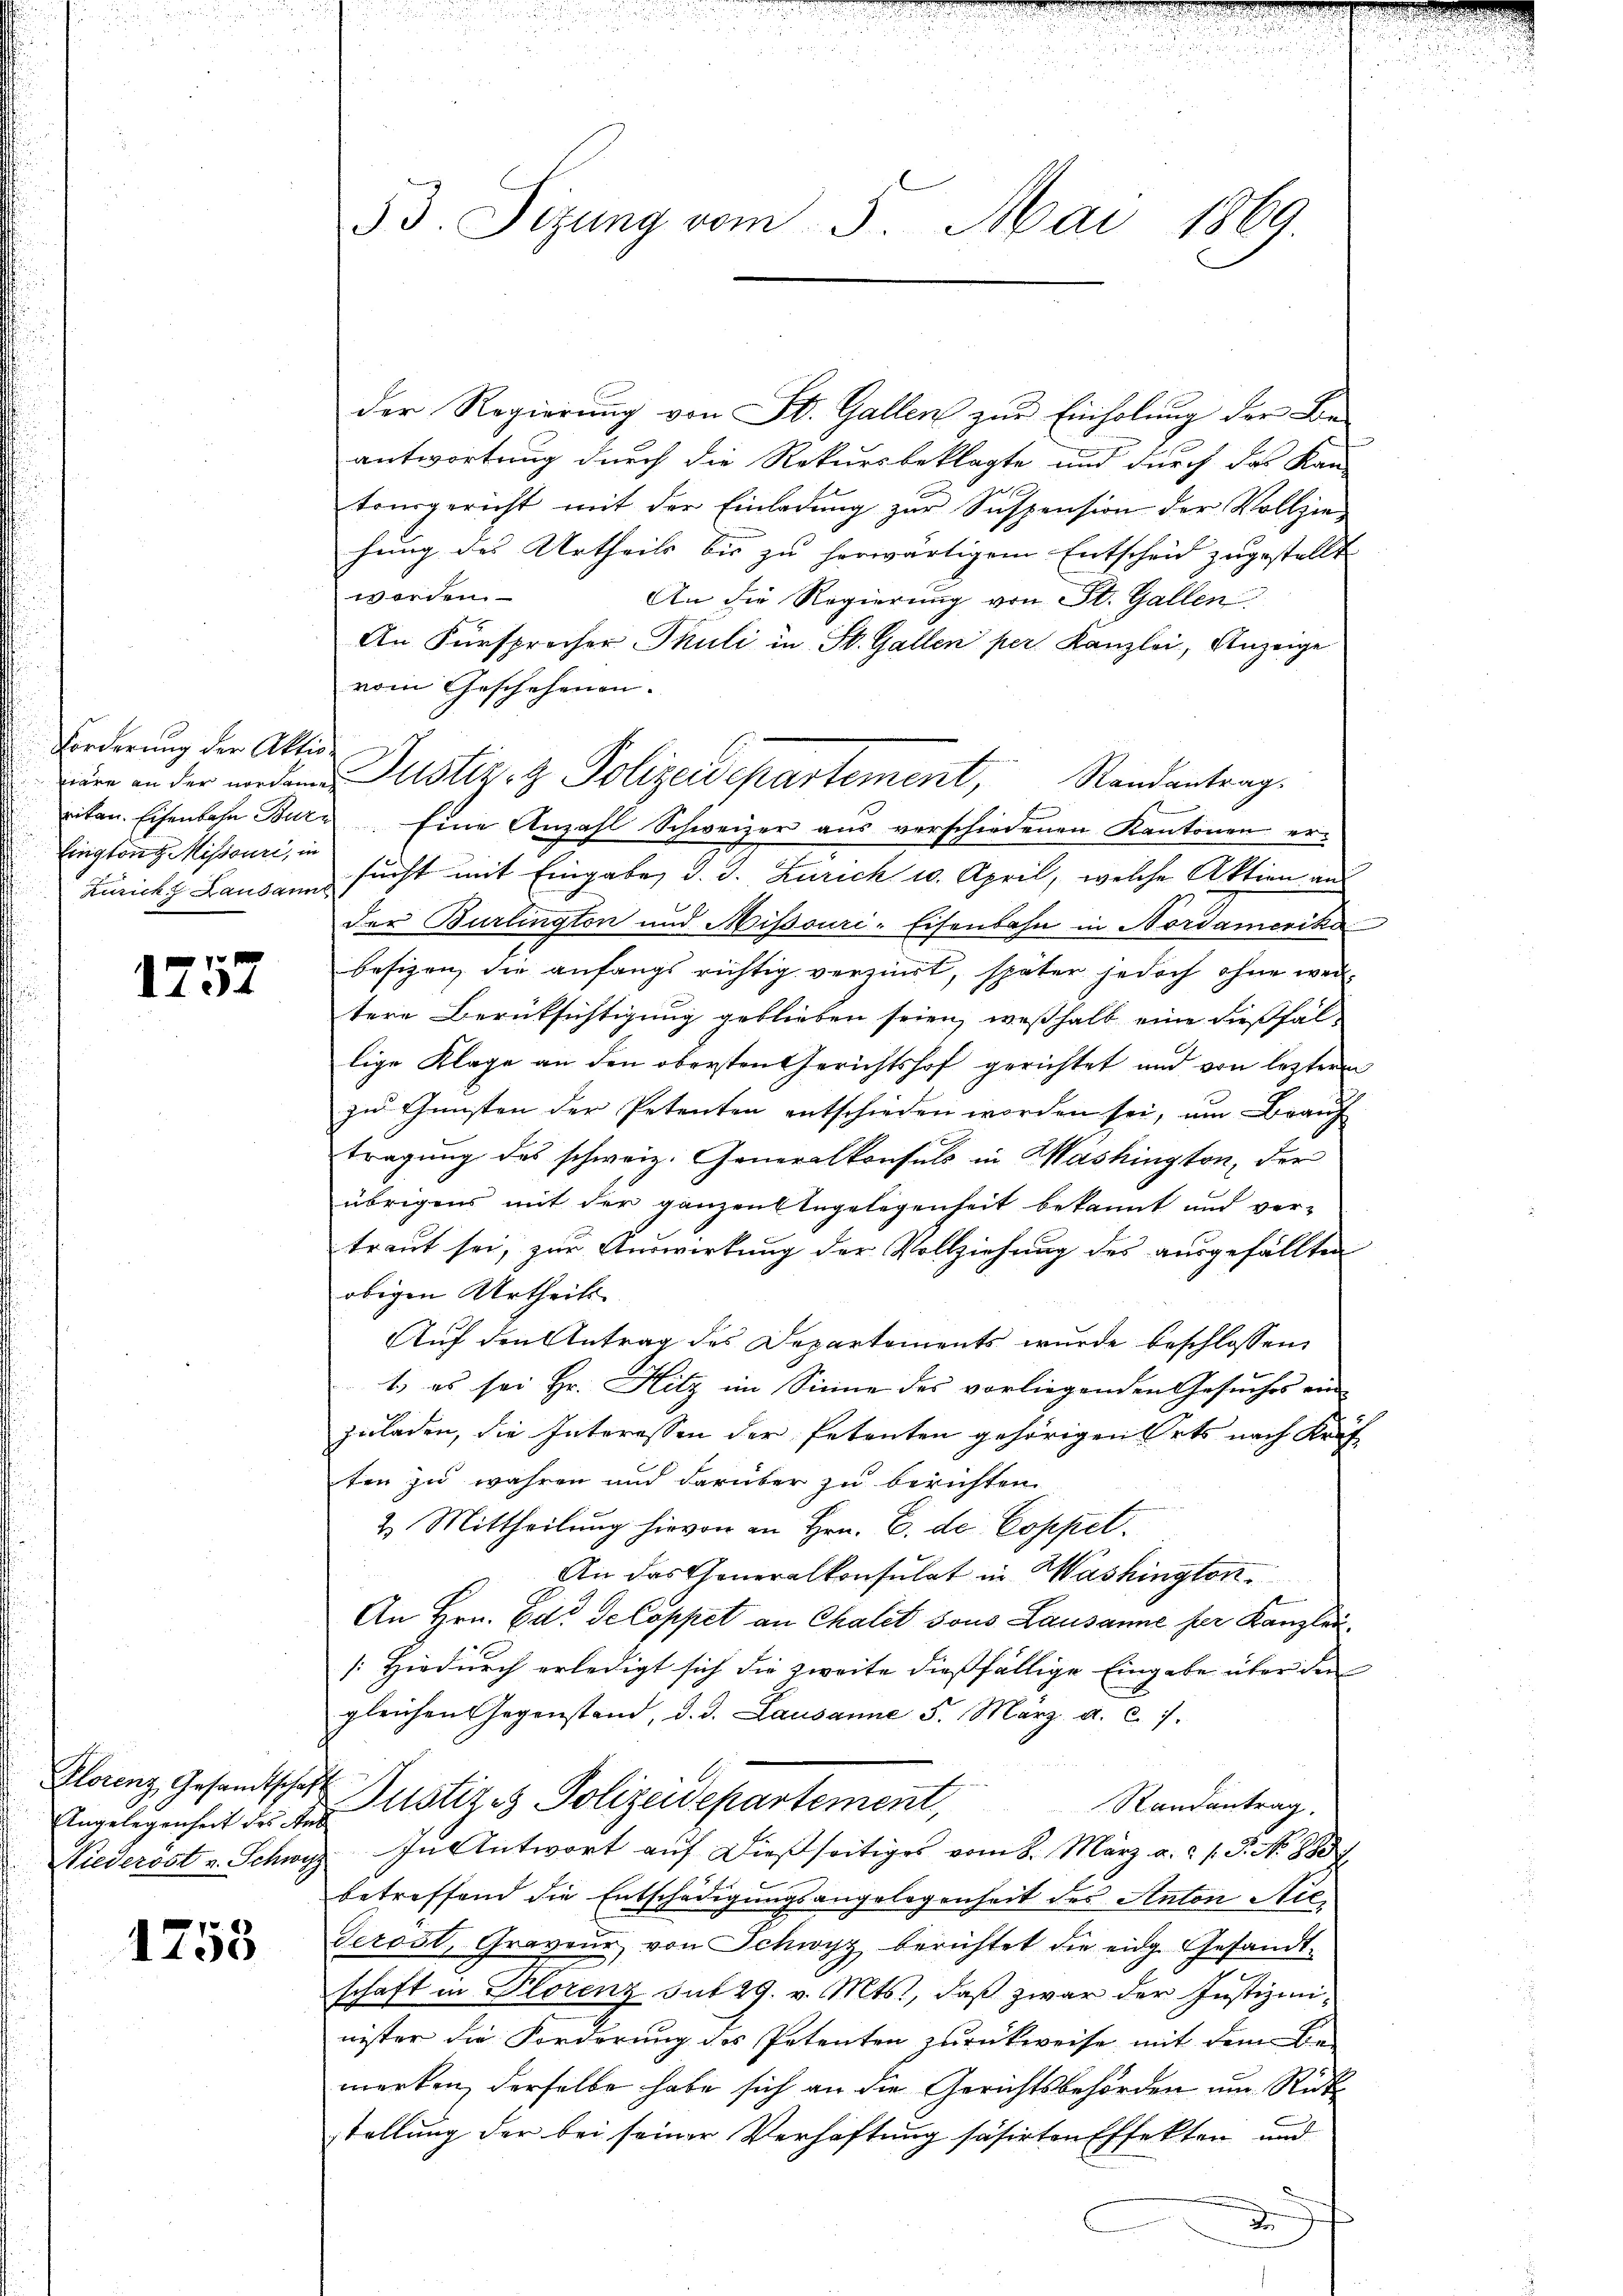
Forderung der Aktio
lington Missouri, in

1757

Klorenz, Gesandtschaft
Angelegenheit des Aus
Niederöst v. Schwyz

1753

53. Sizung vom 5. Mai 1869.

der Regierung von St. Gallen zur Einholung der Be-
antwortung durch die Rekursbeklagte und durch das Kan-
tourgericht mit der Einladung zur Suspension der Vollzie-
hung des Urtheils bis zu herwärtigem Entscheid zugestellt
worden.
An die Regierung von St. Gallen
An Fürsprocher Thuli in St. Gallen per Kanzlei, Anzeige
vom Geschehenen.
ritan. Eisenbahn Burg. Eine Anzahl Schweizer aus verschiedenen Kantonen er-
Züricht Lausann sucht mit Eingabe, d. J. Zürich u. April, welche Aktion an
der Burlington und Missouri-Eisenbahn in Nordamerika
besizen, die anfangs richtig verzirt, später jedoch ohne weitere Berüksichtigung geblieben seien, weßhalb eine dießfällige Klage an den obersten Gerichtshof gerichtet und von letzteren
zu Gunsten der Petenten entschieden worden sei, um Brauf
tragung des schweiz. Generalkonsuls in Washington, der
übrigens mit der ganzen Engelegenheit bekannt und ver-
traut sei, zur Auswirkung der Vollziehung des ausgefällten
obigen Urtheils
Auf den Antrag des Departements wurde beschlossen
1.) es sei Hr. Hitz im Sinne des vorliegenden Gesuches ein
zuladen, die Interessen der Petenten gehörigen Orts nach Kraf
ten zu wahren und darüber zu berichten
2. Mittheilung hievon an Hrn. B. de Coppet.
An das Generalkonsulat in Washington.
An Hrn. Das de Coppet an Chalet sous Lausanne her Kanzlei
/: Hiedurch erledigt sich die zweite diesfällige Eingabe über den
gleichen Gegenstand, d. d. Lausanne 5. März a. c. 7.
Justiz & Polizeidepartement,
Randantrag.
In Antwort auf dießseitiges vom 8. März a. c. s. P. No 8837
betreffend die Entschädigungsangelegenheit des Anton Nie¬
Serost, Graveur, von Schwyz berichtet die eidg. Gesandt-
schaft in Florenz mit 29. v. Mts., daß zwar der Justizminister die Forderung des Petenten zurückweise mit dem Be-
merken, derselbe habe sich an die Gerichtsbehörden um Rückstellung der bei seiner Verhaftung säsirten Effekten und
d
.

ire an der anden Justiz- & Polizeidepartement, Randantrag.